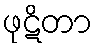
ဖုဋိတာ